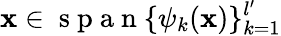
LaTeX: \mathbf{x}\in\mathrm{{~s~p~a~n~}}\{ \psi_{k}(\mathbf{x})\} _{k=1}^{l^{\prime}}